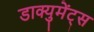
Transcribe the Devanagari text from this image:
डाक्युमेंट्स